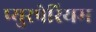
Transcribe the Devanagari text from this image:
प्युरपेरियम